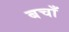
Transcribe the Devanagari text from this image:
बचाँ